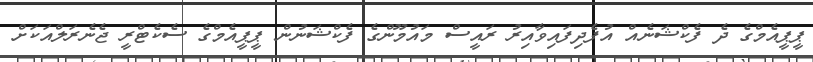
ޕީޕީއެމްގެ ދެ ފެކްޝަނެއް އުފެދިފައިވާއިރު ރައީސް މައުމޫންގެ ފެކްޝަނުން ޕީޕީއެމްގެ ސެކެޓްރީ ޖެނެރަލްއަކަށް